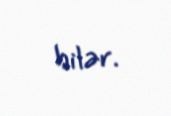
bilər.